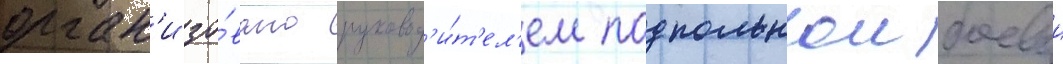
орган'изо́вано руковод'и́т'ел'ем подпольнои боевои